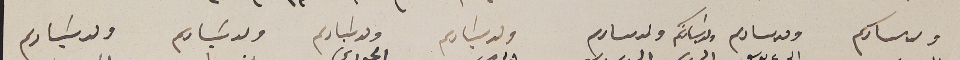
ولد سىادكم             ولد سىادكم      ولد سَيادتكم      ولد سىادكم      ولد سَيادكم        ولد سَيادكم     ولد سَيادكم                ولد سَيادكم